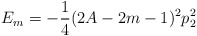
\begin{align*}E_m=-\frac{1}{4}(2A-2m-1)^2p_2^2\end{align*}